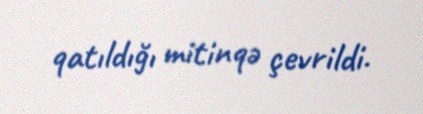
qatıldığı mitinqə çevrildi.